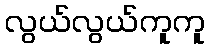
လွယ်လွယ်ကူကူ